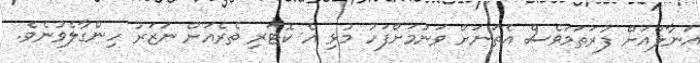
އަނާލްއަށް ފުރަތަމަވެސް އެތަނަށް ވަނުމަށްފަހު މުޅި އެ ކޮޓަރި ތެރެއަށް ނަޒަރު ހިންގާލެވުނެވެ.